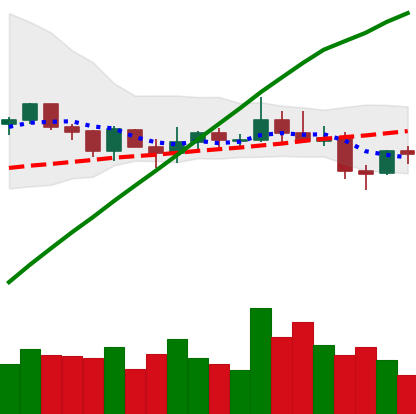
Ticker: XLM-USD
Chart end date: 2021-03-27
Forward return: 12.422%
Label: up_7plus